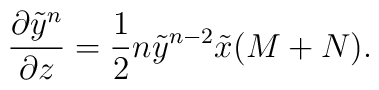
{\partial\tilde y^{n}\over\partial z}={1\over 2}n\tilde y^{n-2}\tilde x (M+N).